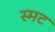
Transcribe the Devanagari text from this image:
स्मट